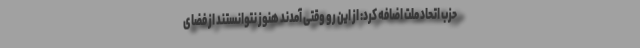
حزب اتحاد ملت اضافه کرد: از این رو وقتی آمدند هنوز نتوانستند از فضای